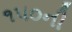
૧૫૦ની